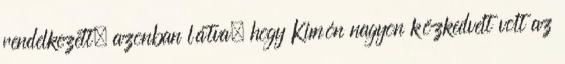
rendelkezett, azonban látva, hogy Kimón nagyon közkedvelt volt az